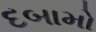
દબામો